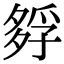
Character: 𡦄